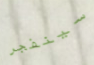
سينفجر